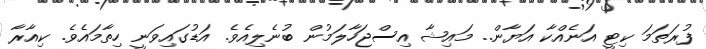
ފުރަތަމަ ކިޓީ އަނެއްކާ އަޔާން.. މައިޝާ އިސްޖަހާލަމުން ބުނެލިއެވެ. އަޑުގައިވަނީ ހިތާމައެވެ. ކިއާރާ